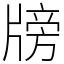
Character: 牓